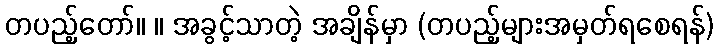
တပည့်တော်။ ။ အခွင့်သာတဲ့ အချိန်မှာ (တပည့်များအမှတ်ရစေရန်)